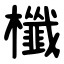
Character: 櫼